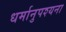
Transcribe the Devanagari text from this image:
धर्मानुपश्यना